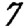
Digit: 7